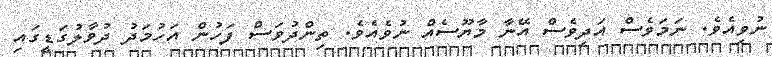
ނުވިއެވެ. ނަމަވެސް އަދިވެސް އޭނާ މާޔޫސެއް ނުވެއެވެ. ތިންދުވަސް ފަހުން އަހުމަދު ދުވާލުގަޑީގައި